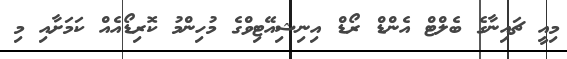
މިއީ ޗައިނާގެ ބެލްޓް އެންޑް ރޯޑް އިނިޝިއޭޓިވްގެ މުހިންމު ކޮރިޑޯއެއް ކަމަށާއި މި